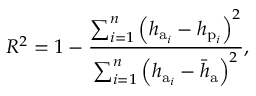
R ^ { 2 } = 1 - \frac { \sum _ { i = 1 } ^ { n } { { { \left( { { h _ { \mathrm { a } _ { i } } } - h _ { \mathrm { p } _ { i } } } \right) } ^ { 2 } } } } { \sum _ { i = 1 } ^ { n } { { { \left( { { h _ { \mathrm { a } _ { i } } } - { { \bar { h } } _ { \mathrm { a } } } } \right) } ^ { 2 } } } } ,